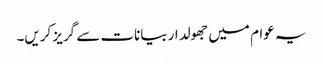
یہ عوام میں جھولدار بیانات سے گریز کریں۔